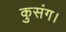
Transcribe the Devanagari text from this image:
कुसंग।